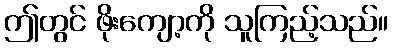
ဤတွင် ဖိုးကျော့ကို သူကြည့်သည်။